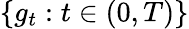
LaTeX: \{ g_{t}:t\in(0,T)\}